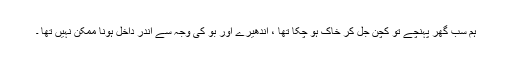
ہم سب گھر پہنچے تو کچن جل کر خاک ہو چکا تھا ، اندھیرے اور بو کی وجہ سے اندر داخل ہونا ممکن نہیں تھا ۔